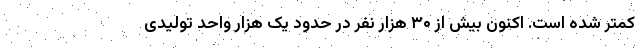
کمتر شده است. اکنون بیش از ۳۰ هزار نفر در حدود یک هزار واحد تولیدی